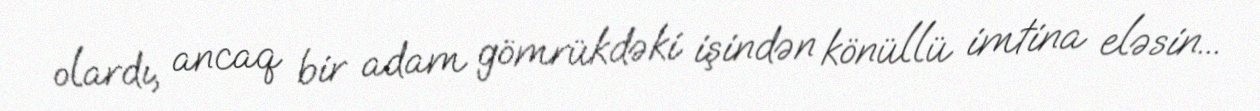
olardı, ancaq bir adam gömrükdəki işindən könüllü imtina eləsin...